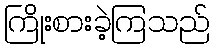
ကြိုးစားခဲ့ကြသည်